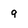
Character: g